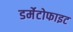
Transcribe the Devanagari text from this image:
डर्मेटोफाइट